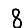
Digit: 8